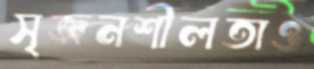
সৃজনশীলতাও